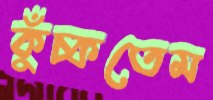
কুঁচ্‌কতেম